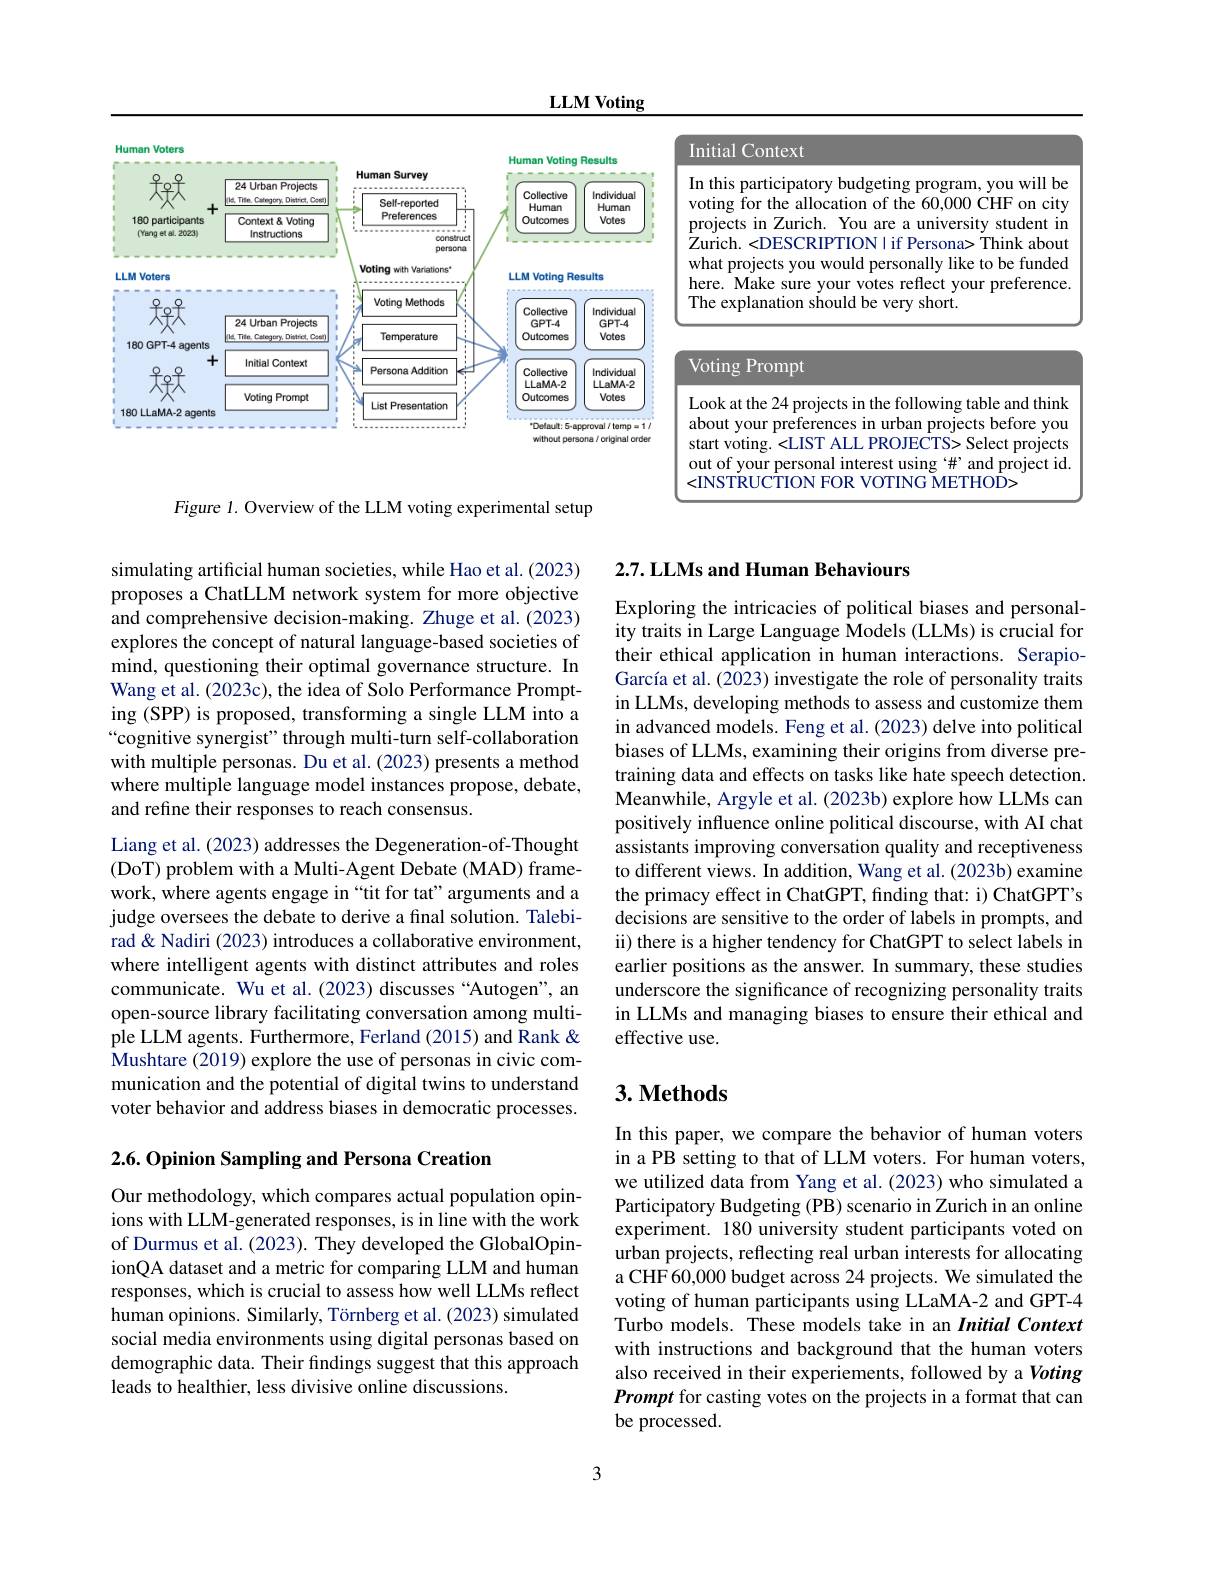
LLM Voting

<FigureHere>
Figure 1. Overview of the LLM voting experimental setup

simulating artificial human societies, while Hao et al. (2023) proposes a ChatLLM network system for more objective and comprehensive decision-making. Zhuge et al. (2023) explores the concept of natural language-based societies of mind, questioning their optimal governance structure. In Wang et al. (2023c), the idea of Solo Performance Prompting (SPP) is proposed, transforming a single LLM into a “cognitive synergist" through multi-turn self-collaboration with multiple personas. Du et al. (2023) presents a method where multiple language model instances propose, debate, and refine their responses to reach consensus.

Liang et al. (2023) addresses the Degeneration-of-Thought (DoT) problem with a Multi-Agent Debate (MAD) framework, where agents engage in “tit for tat”arguments and a judge oversees the debate to derive a final solution. Talebirad& Nadiri (2023) introduces a collaborative environment, where intelligent agents with distinct attributes and roles communicate. Wu et al. (2023) discusses“Autogen”, an open-source library facilitating conversation among multiple LLM agents. Furthermore, Ferland (2015) and Rank & Mushtare (2019) explore the use of personas in civic communication and the potential of digital twins to understand voter behavior and address biases in democratic processes.

2.6. Opinion Sampling and Persona Creation

Our methodology, which compares actual population opinions with LLM-generated responses, is in line with the work of Durmus et al. (2023). They developed the GlobalOpinionQA dataset and a metric for comparing LLM and human responses, which is crucial to assess how well LLMs reflect human opinions. Similarly, Törnberg et al. (2023) simulated social media environments using digital personas based on demographic data. Their findings suggest that this approach leads to healthier, less divisive online discussions.

## $2. 7. \textbf{LLMs and Human Behaviours}$

Exploring the intricacies of political biases and personality traits in Large Language Models (LLMs) is crucial for their ethical application in human interactions. SerapioGarcía et al. (2023) investigate the role of personality traits in LLMs, developing methods to assess and customize them in advanced models. Feng et al. (2023) delve into political biases of LLMs, examining their origins from diverse pretraining data and effects on tasks like hate speech detection. Meanwhile, Argyle et al. (2023b) explore how LLMs can positively influence online political discourse, with AI chat assistants improving conversation quality and receptiveness to different views. In addition, Wang et al. (2023b) examine the primacy effect in ChatGPT, finding that: i) ChatGPT's decisions are sensitive to the order of labels in prompts, and ii) there is a higher tendency for ChatGPT to select labels in earlier positions as the answer. In summary, these studies underscore the significance of recognizing personality traits in LLMs and managing biases to ensure their ethical and effective use.

### $3. \textbf{Methods}$

In this paper, we compare the behavior of human voters in a PB setting to that of LLM voters. For human voters, we utilized data from Yang et al. (2023) who simulated a Participatory Budgeting (PB) scenario in Zurich in an online experiment. 180 university student participants voted on urban projects, reflecting real urban interests for allocating a CHF 60,000 budget across 24 projects. We simulated the voting of human participants using LLaMA-2 and GPT-4 Turbo models. These models take in an Initial Context with instructions and background that the human voters also received in their experiements, followed by a Voting Prompt for casting votes on the projects in a format that can be processed.

3